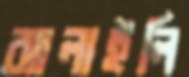
ঝালাইলি